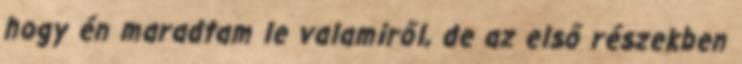
hogy én maradtam le valamiről, de az első részekben